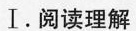
I.阅读理解